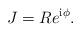
LaTeX: \begin{align*}J=Re^{{\mathrm i}\phi}.\end{align*}